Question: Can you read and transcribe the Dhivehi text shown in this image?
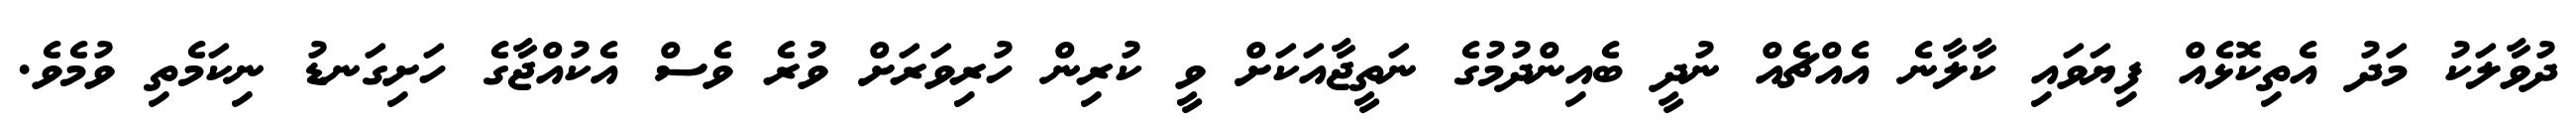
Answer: ދުވާލަކު މަދު އެތިކޮޅެއް ފިޔަވައި ކާލާނެ އެއްޗެއް ނުދީ ބެއިންދުމުގެ ނަތީޖާއަކަށް ވީ ކުރިން ހުރިވަރަށް ވުރެ ވެސް އެކުއްޖާގެ ހަށިގަނޑު ނިކަމެތި ވުމެވެ.